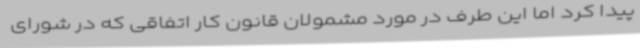
پیدا کرد اما این طرف در مورد مشمولان قانون کار اتفاقی که در شورای